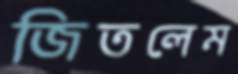
জিতলেম